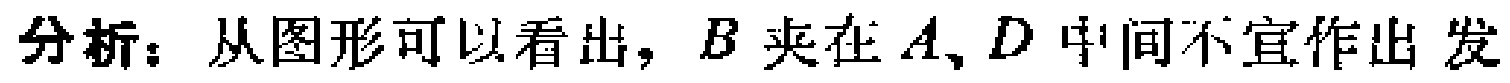
分析：从图形可以看出，\(B\)夹在\(A\)、\(D\)中间不宜作出发